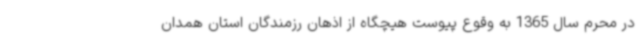
در محرم سال 1365 به وقوع پیوست هیچگاه از اذهان رزمندگان استان همدان